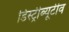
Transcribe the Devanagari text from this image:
डिस्ट्रीब्यूटीव